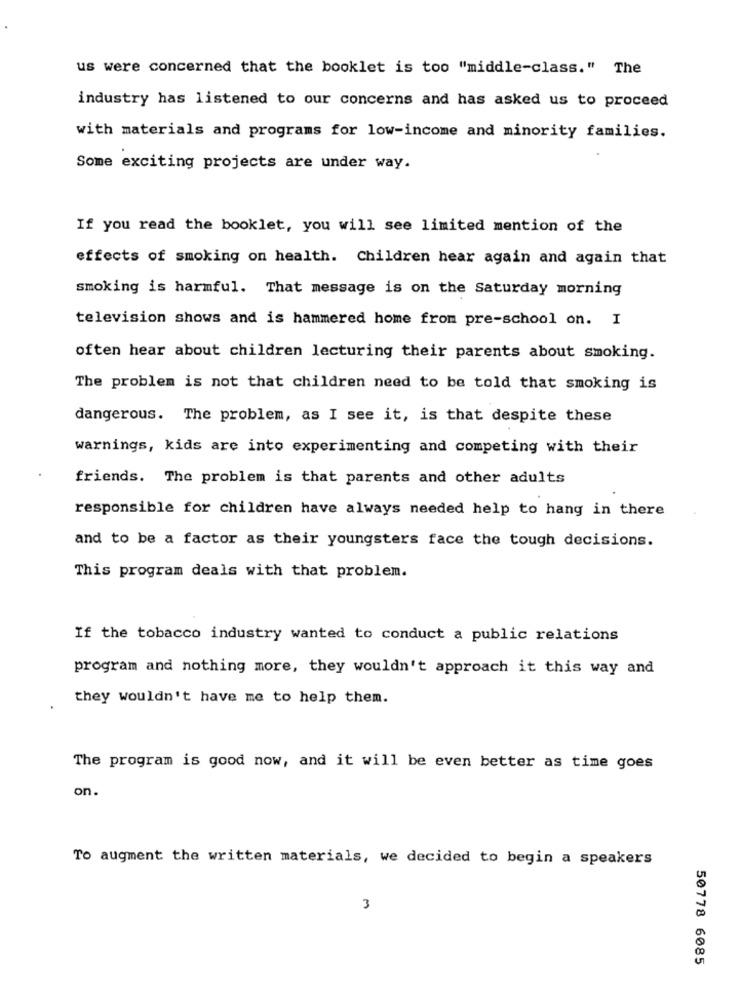
us were concerned that the booklet is too "middle-class." The
industry has listened to our concerns and has asked us to proceed
with materials and programs for low-income and minority families.
Some exciting projects are under way.
If you read the booklet, you will see limited mention of the
effects of smoking on health. Children hear again and again that
smoking is harmful. That message is on the Saturday morning
television shows and is hammered home from pre-school on. I
often hear about children lecturing their parents about smoking.
The problem is not that children need to be told that smoking is
dangerous. The problem, as I see it, is that despite these
warnings, kids are into experimenting and competing with their
friends. The problem is that parents and other adults
responsible for children have always needed help to hang in there
and to be a factor as their youngsters face the tough decisions.
This program deals with that problem.
If the tobacco industry wanted to conduct a public relations
program and nothing more, they wouldn't approach it this way and
they wouldn't have me to help them.
The program is good now, and it will be even better as time goes
on.
To augment the written materials, we decided to begin a speakers
3
50778 6085